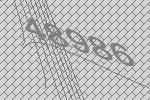
48986